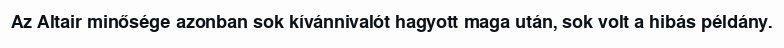
Az Altair minősége azonban sok kívánnivalót hagyott maga után, sok volt a hibás példány.